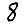
Digit: 8